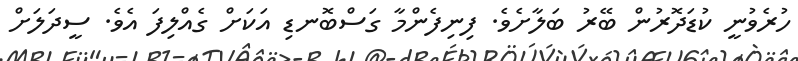
ހުރެވުނީ ކުޑަދޮރުން ބޭރު ބަލާށެވެ. ފިނިފެންމާ ގަސްބޮނޑި އަކަށް ގެއްލިފަ އެވެ. ސީދަލަށް